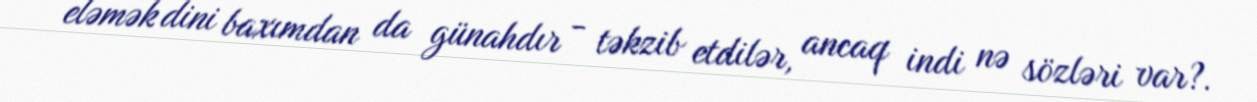
eləmək dini baxımdan da günahdır - təkzib etdilər, ancaq indi nə sözləri var?.